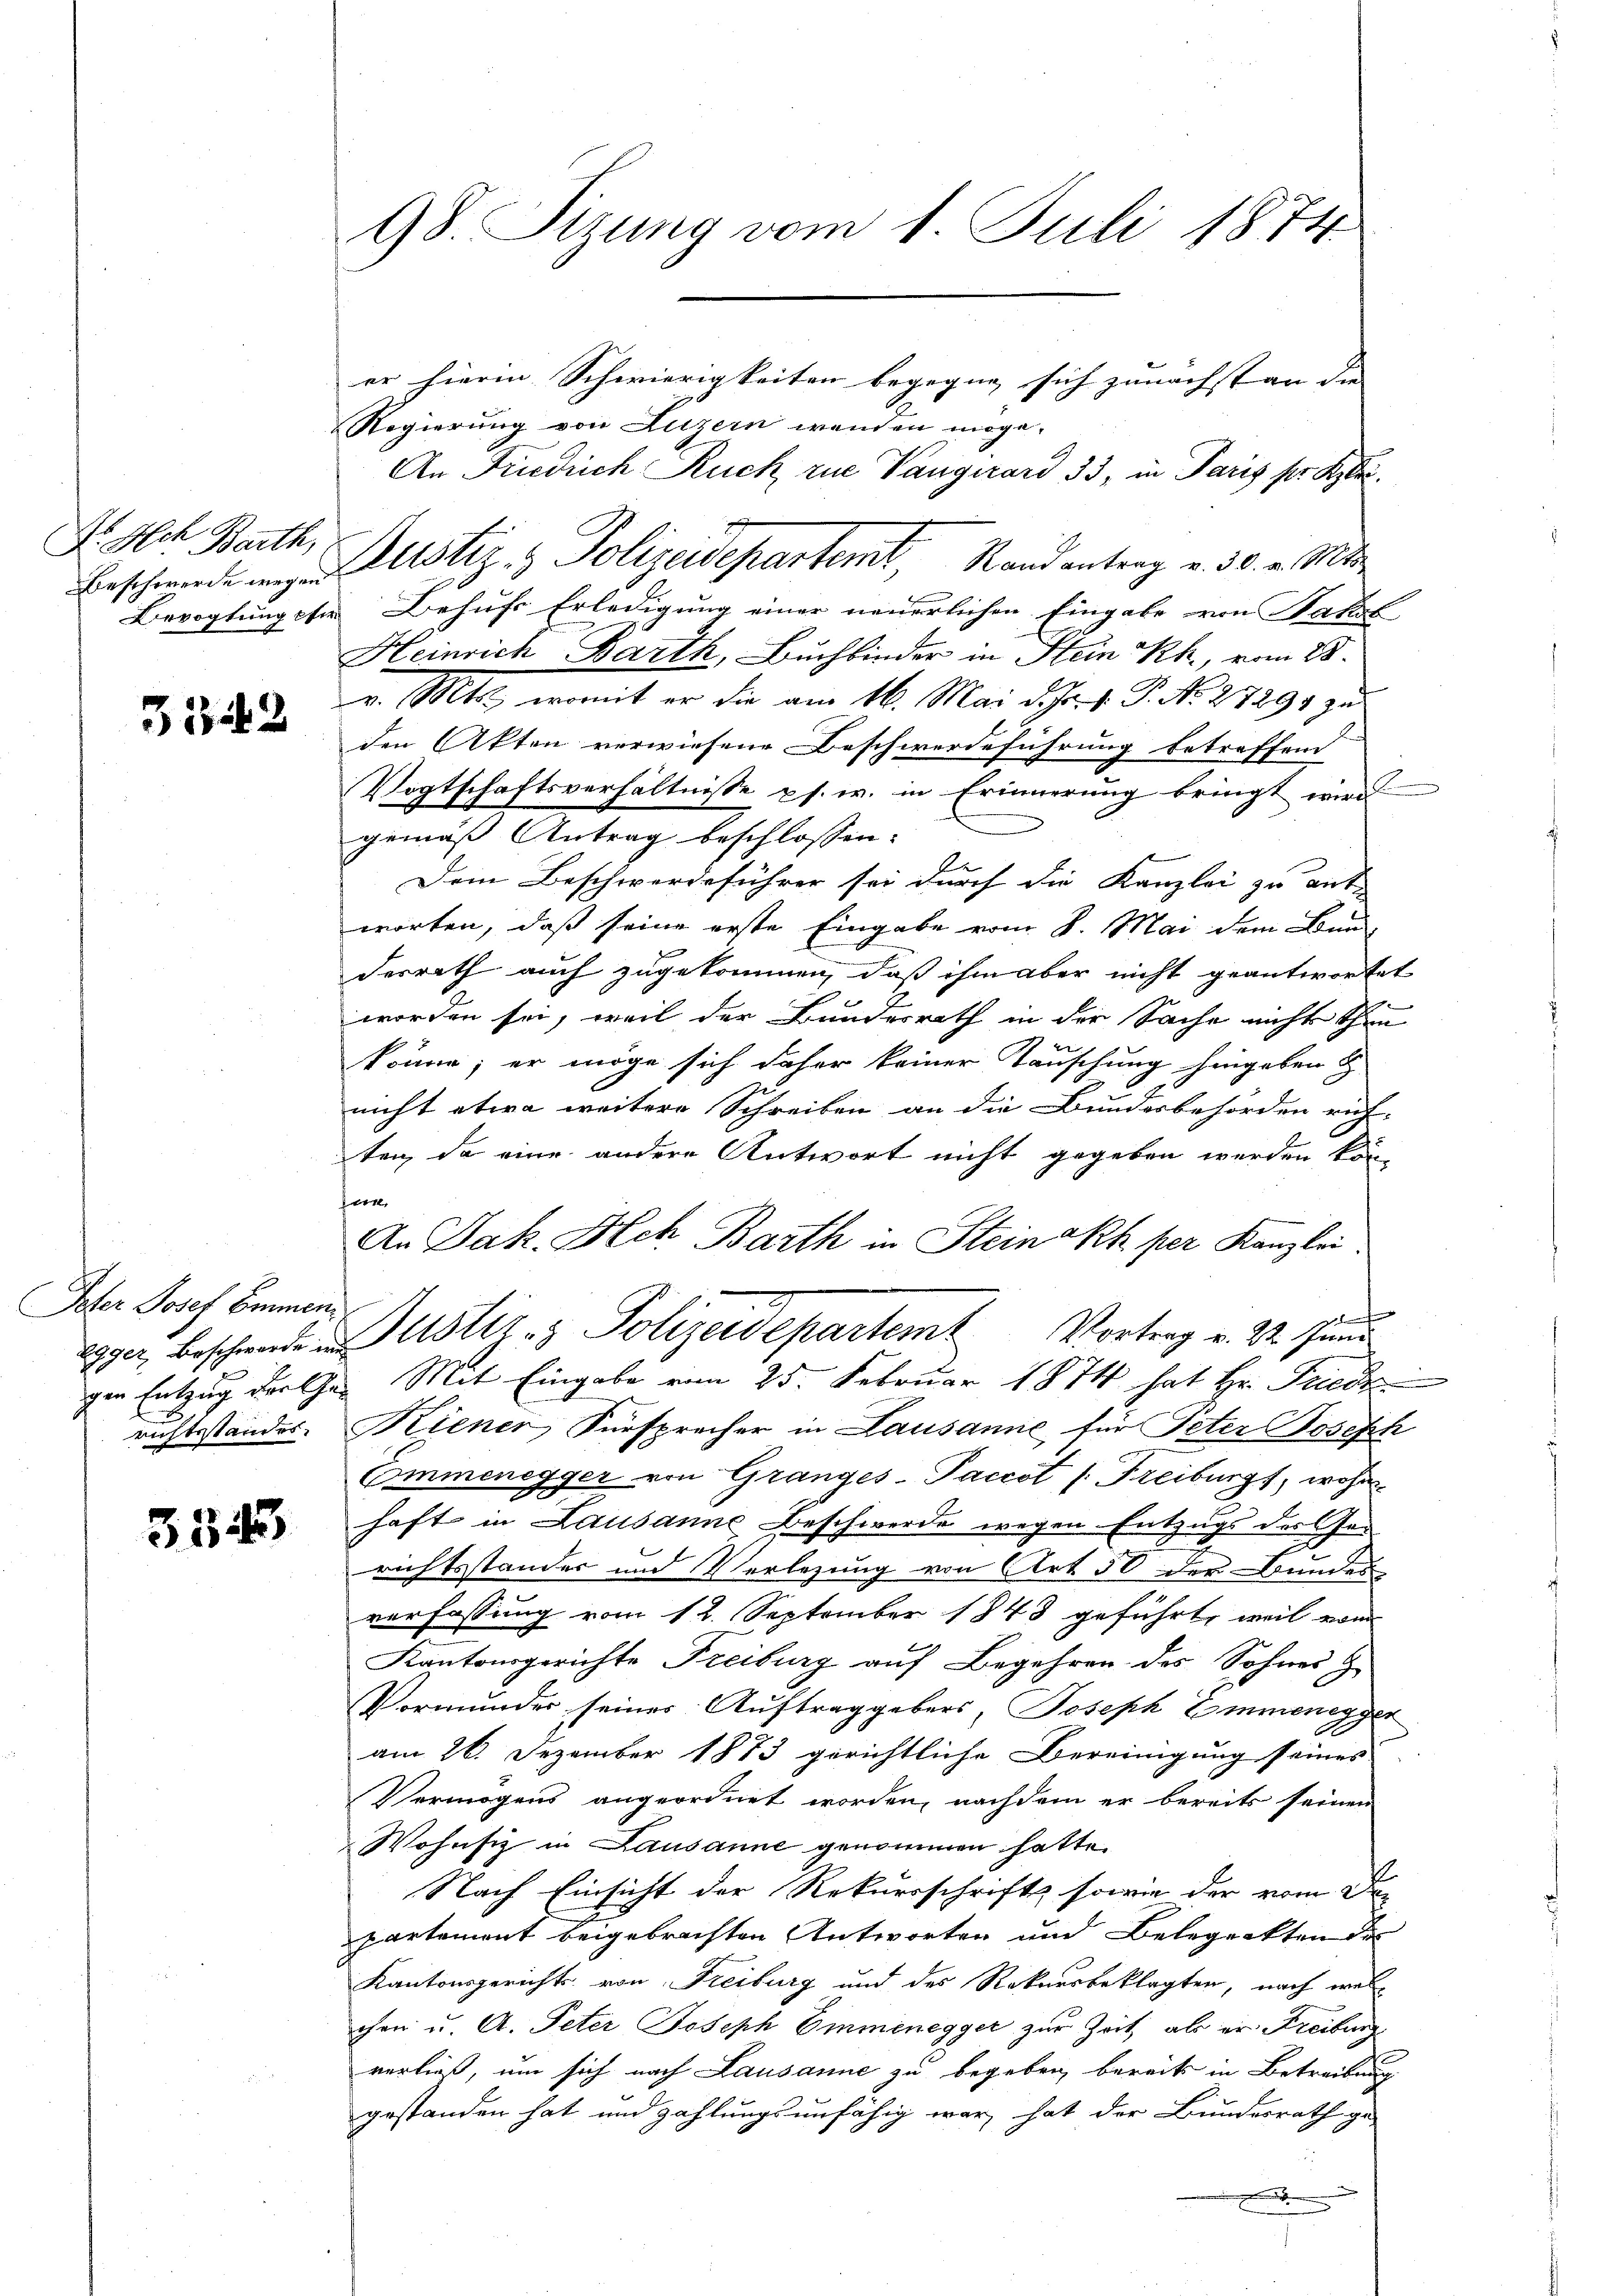
Dr. Ach Barth,

3342

Ioher Josef Emmen

3545

98. Sizung vom 1. Juli 1874

er hierin Schwierigkeiten begegne sich zunächst an die |
Regierung von Luzern wenden möge.
An Friedrich Ruck rue Vaugirard 33, in Paris pr. Klei¬
Bevogtung ein Behufs Erledigung einer neuerlichen Eingabe von Nakiel
Heinrich Barth, Buchbinder in Stein Rh., vom 28.
v. Mts., womit er die am 16. Mai d. Js. v. P. No. 27299 zu
den Akten verwiesene Beschwerdeführung betreffend
Vogtschaftsverhältnisse ps. w. in Erinnerung bringt wird
gemäß Antrag beschlossen:
Dem Beschwerdeführer sei durch die Kanzlei zu ant-
worten, daß seine erste Eingabe vom 8. Mai dem Bun
desrath auch zugekommen, daß ihm aber nicht geantwortet
worden sei, weil der Bundesrath in der Sache nichts thun
R
könne; er möge sich daher keiner Tauschung hingeben
nicht etwa weitere Schreiben an die Bundesbehörden auf-
ten, da eine andere Antwort nicht gegeben werden kön-
ern
An Jak. Ach Barth in Steinakh per Kanzlei
a
eger Beschwerde in Gustiz- & Polizeidepartem Vortrag v. 22. Juni
gen Entzug der Ehe Mit Eingabe vom 25. Februar 1874 hat Hr. Friede
richtsstandes. Kiener Fürsprecher in Lausanne für Peter Joseph
Cammenegger von Grandes-Paceot /: Freiburg, wohn
haft in Lausanne Beschwerde wegen Entzugs der Gerichtsstander und Verlegung von Art. 50 der Bundes
verfassung vom 12. September 1843 geführt, weil vom
Kantonsgerichte Freiburg auf Begehren des Sohnes
Vormundes seines Auftraggebers, Joseph Emmenegger
am 26. Dezember 1873 gerichtliche Bereinigung seines
Vermögens angeordnet worden, nachdem er bereits seinen
Wohnsiz in Lausanne genommen hatte.
2.
Nach Einsicht der Rekursschrift, sowie der vom De-
partement beigebrachten Antworten und Belegenkten des
Kantonsgerichts von Freiburg und des Rekursbeklagten, nach welchen u. A. Peter Joseph Emmenegger zur Zeit als er Freibung
verließ, um sich nach Lausanne zu begeben, bereits in Betreibung
gestanden hat und zahlungsunfähig war, hat der Bundesrath ge-

Beschwerde in Altstiz & Polizeidepartemt, Randantrag v. 30. v. Mts.